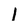
Character: 1